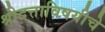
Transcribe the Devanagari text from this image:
श्रीदत्ताविषयीचे